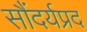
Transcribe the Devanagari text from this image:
सौंदर्यप्रद